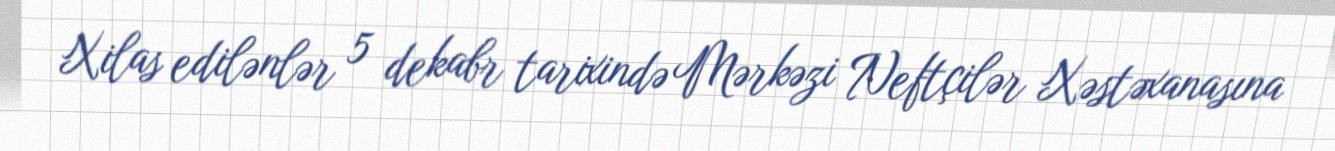
Xilas edilənlər 5 dekabr tarixində Mərkəzi Neftçilər Xəstəxanasına